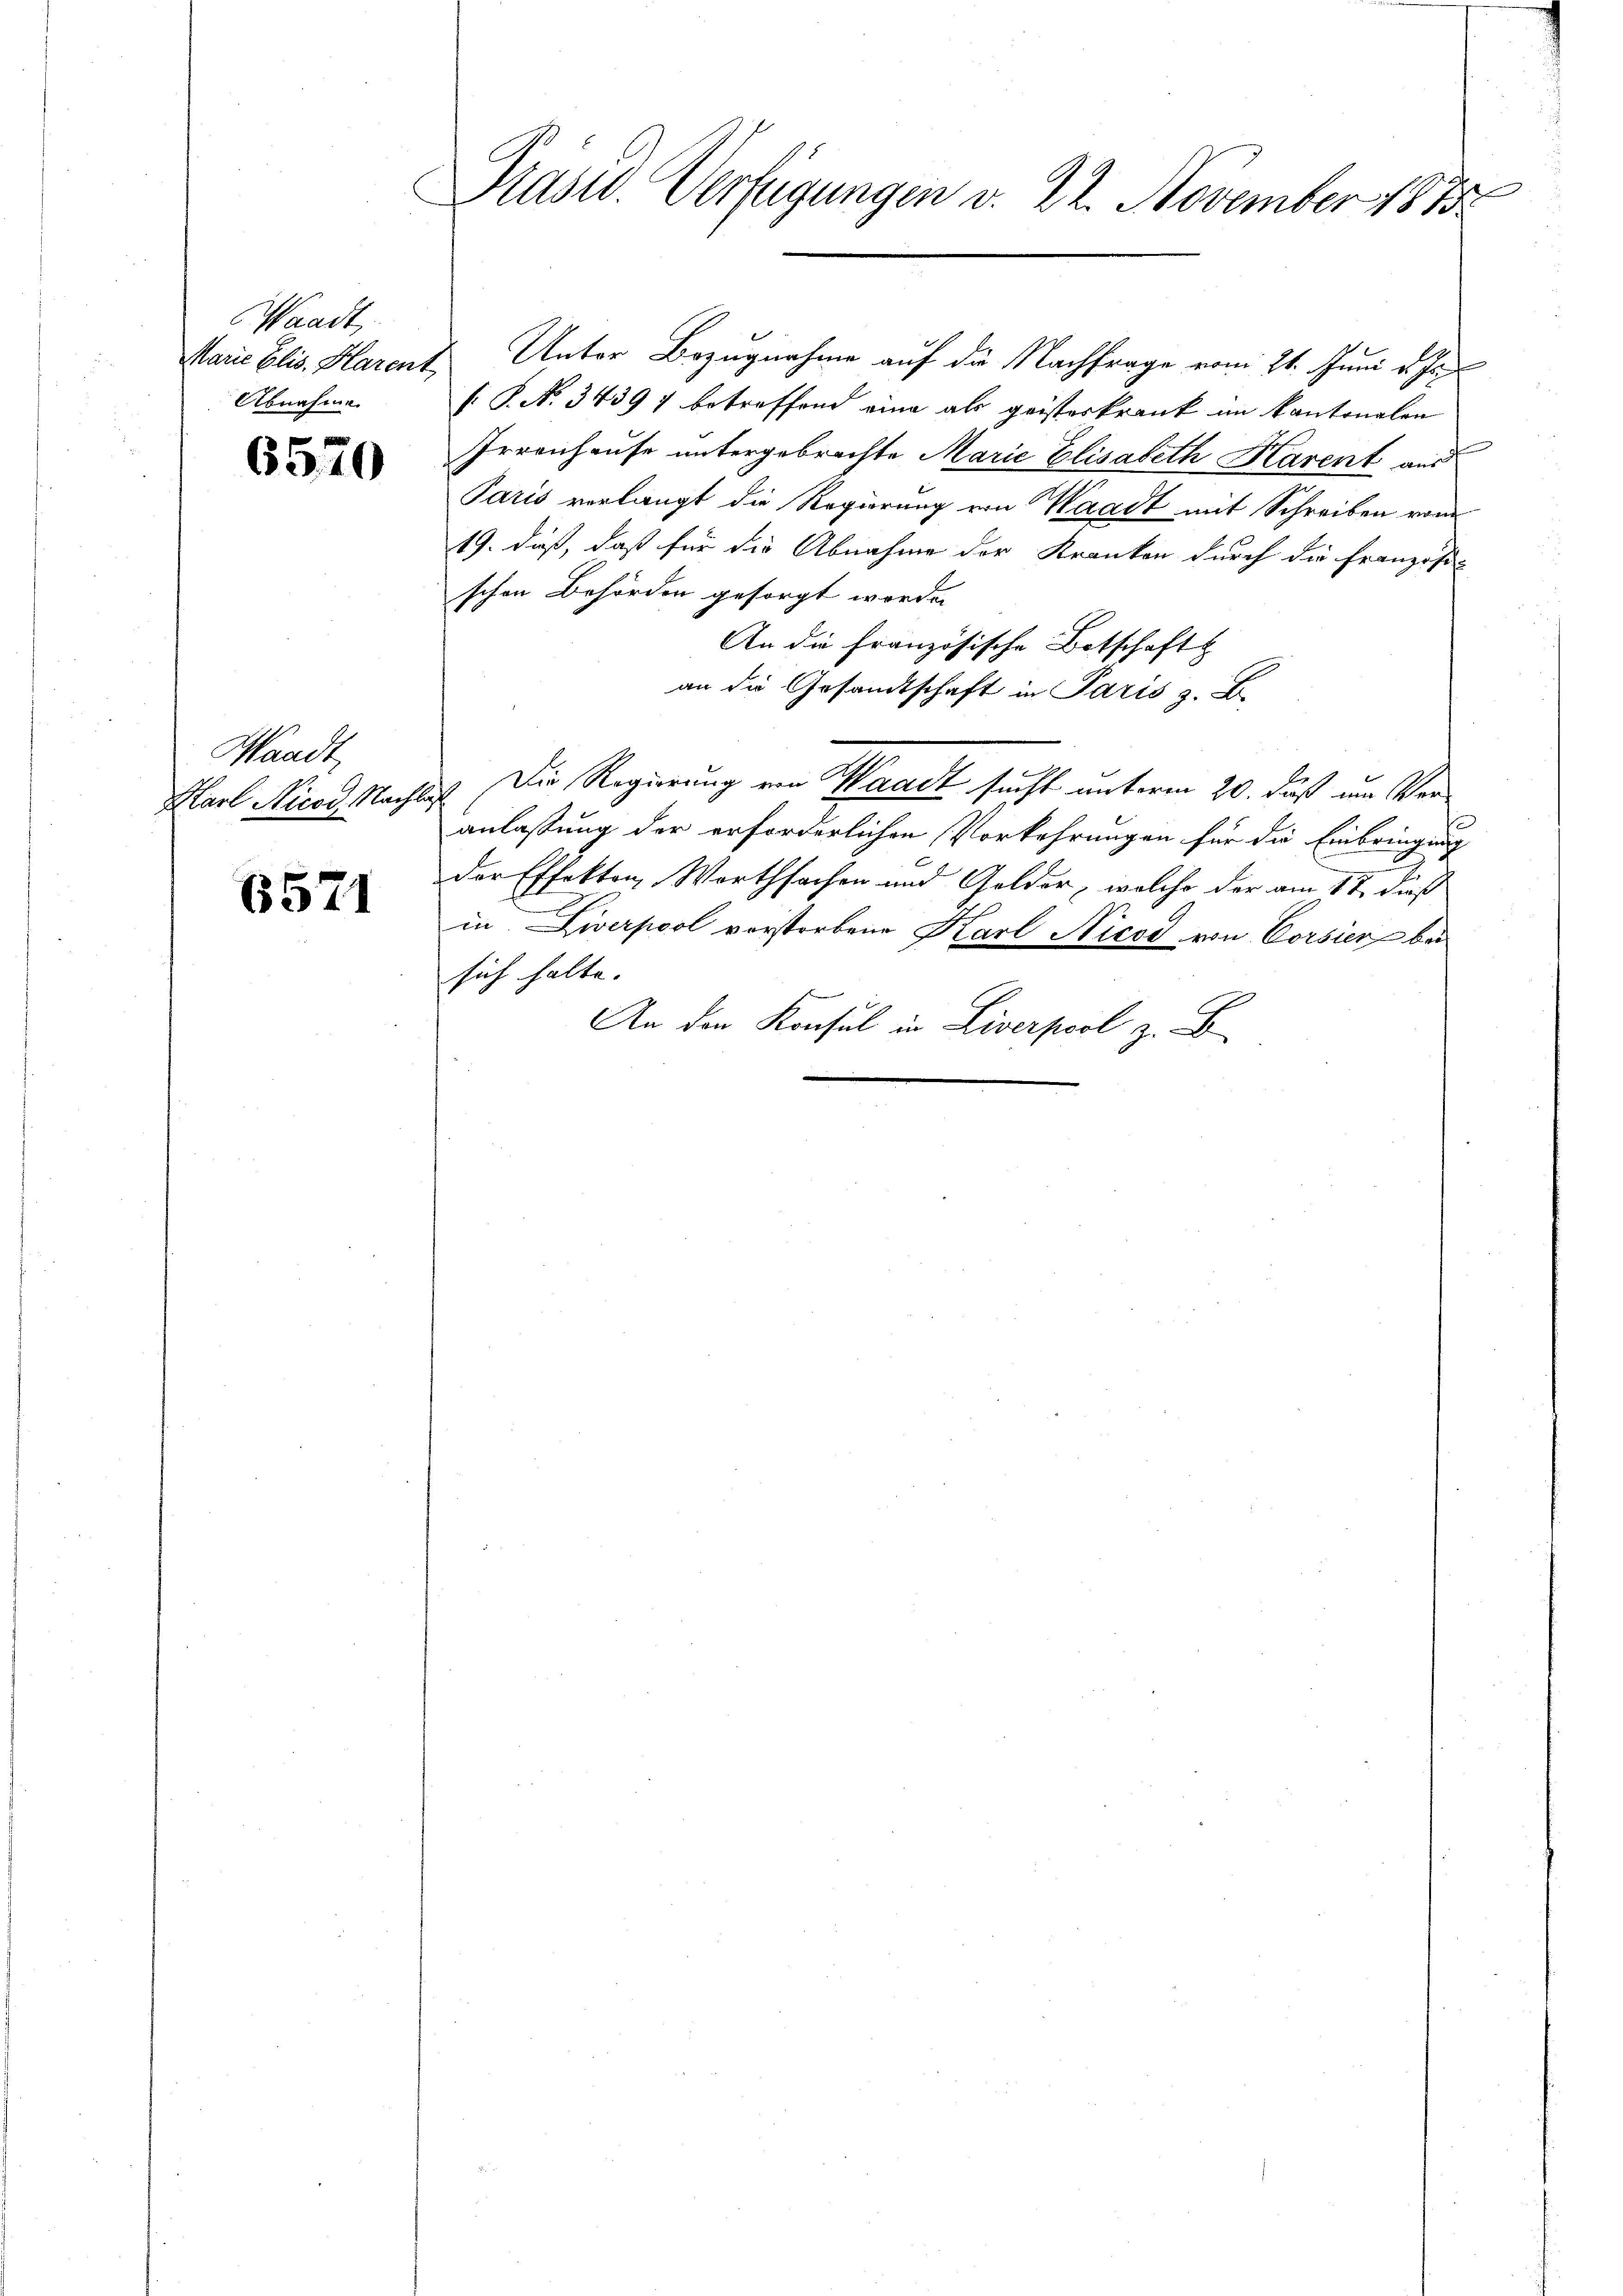
Waadt,
Abnahme

6570

Waadt,

6571

e
Präsid. Verfügungen v. 22. November 1815.

Marie Elis. Harent, Unter Bezugnahme auf die Nachfrage vom 21. Juni v. J.
[P. N. 34397 betreffend eine als geisterkrank im Kantonalen
Irrenhause untergebrachte Marie Elisabeth Harent und
Paris verlangt die Regierung von Waadt mit Schreiben vom
19. daß, daß für die Abnahme der Kranken durch die Französi-
schen Behörden gesorgt worden
An die französische Botschaft
an die Gesandtschaft in Paris z. B.
Karl Nicod. Nachtes. Die Regierung von Waadt sucht unterm 20. Fuß im Veranlassung der erforderlichen Vorkehrungen für die Einbringung
der Effekton, Worthfachen und Golder, welche der am 17. daß
in. Diverpool vorstorbene Karl Nicod von Corsier bei
sich halte.
An den Konsul in Liverpool z. B.